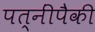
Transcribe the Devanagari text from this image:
पत्‍नींपैकी